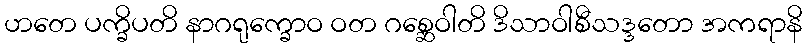
ဟတေ ပက္ခိပတိ နာဂရုက္ခောဝ ဝတ ဂစ္ဆေဝါတိ ဒိသာဝါစီသဒ္ဒတော အကရာနိ